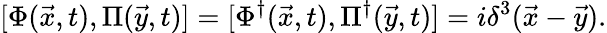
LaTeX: {[}\Phi(\vec{x},t),\Pi(\vec{y},t)]=[\Phi^{\dagger}(\vec{x},t),\Pi^{\dagger}(\vec{y},t)]=i\delta^{3}(\vec{x}-\vec{y}).